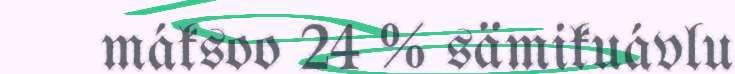
máksoo 24 % sämikuávlu